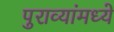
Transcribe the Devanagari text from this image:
पुराव्यांमध्ये